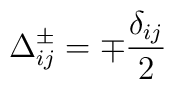
\Delta _{ij}^{\pm }=\mp \frac{\delta _{ij}}{2}